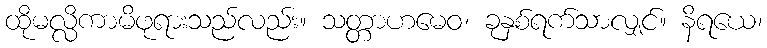
ထိုမလ္လိကာမိဖုရားသည်လည်း။ သတ္တာဟမေဝ၊ ခုနှစ်ရက်သာလျှင်။ နိရယေ၊